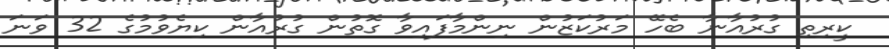
ކީރިތި ގުރުއާނާ ބެހޭ މަރުކަޒުން ނިންމާފައިވާ ގޮތުން ގުރުއާން ކިޔެވުމުގެ 32 ވަނަ